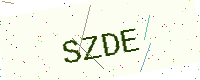
Text: SZDE